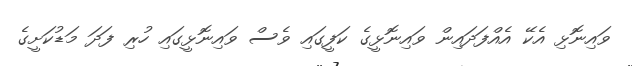
ވައިނޮޅި އެކޭ އެއްފަދައިން ވައިނޮޅީގެ ކަފީގައި ވެސް ވައިނޮޅީގައި ހުރި ފަދަ މަޑުކަށީގެ